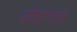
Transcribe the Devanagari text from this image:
दोहरात